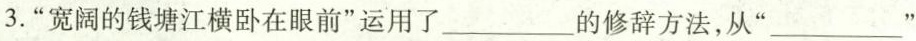
3.”宽阔的钱塘江横卧在眼前”运用了___的修辞方法，从”___”